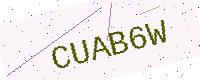
Text: CUAB6W